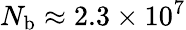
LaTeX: N_{\mathrm{b}}\approx 2.3\times 10^{7}